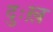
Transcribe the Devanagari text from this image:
दुःख़